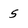
Character: 5